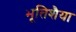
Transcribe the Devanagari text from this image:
भूतिशैया